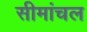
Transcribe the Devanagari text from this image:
सीमांचल